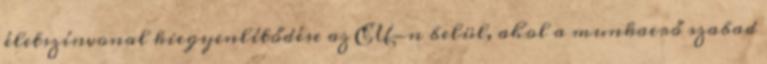
életszínvonal kiegyenlítődése az EU-n belül, ahol a munkaerő szabad